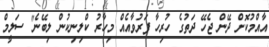
އާއްމުކޮށް ދޭން ޖެހޭ ދަތުގެ ހުރިހާ ފަރުވާއެއް މިހާރު ކްލިނިކުން ލިބޭނެ" ސަލީމް